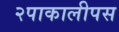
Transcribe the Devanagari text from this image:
२पाकालीपस